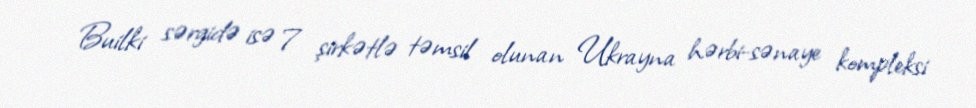
Builki sərgidə isə 7 şirkətlə təmsil olunan Ukrayna hərbi-sənaye kompleksi